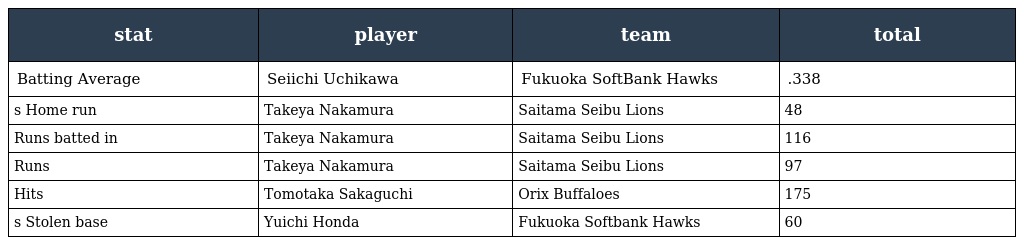
| stat | player | team | total |
 | --- | --- | --- | --- |
 | Batting Average | Seiichi Uchikawa | Fukuoka SoftBank Hawks | .338 |
 | s Home run | Takeya Nakamura | Saitama Seibu Lions | 48 |
 | Runs batted in | Takeya Nakamura | Saitama Seibu Lions | 116 |
 | Runs | Takeya Nakamura | Saitama Seibu Lions | 97 |
 | Hits | Tomotaka Sakaguchi | Orix Buffaloes | 175 |
 | s Stolen base | Yuichi Honda | Fukuoka Softbank Hawks | 60 |